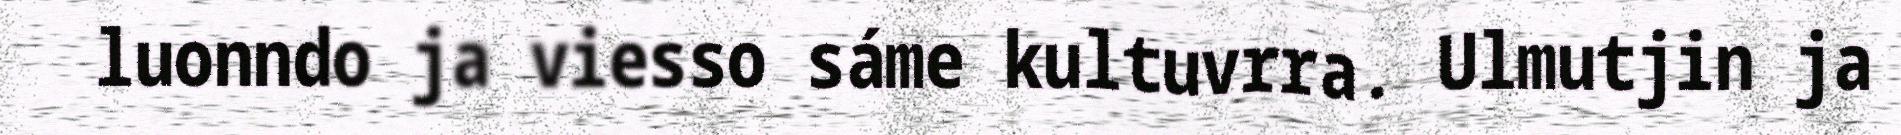
luonndo ja viesso sáme kultuvrra. Ulmutjin ja